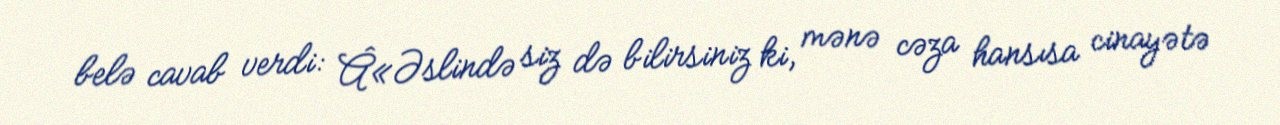
belə cavab verdi: Â«Əslində siz də bilirsiniz ki, mənə cəza hansısa cinayətə